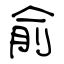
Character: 俞